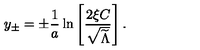
y _ { \pm } = \pm { \frac { 1 } { a } } \ln \left[ { \frac { 2 \xi C } { \sqrt { \widetilde \Lambda } } } \right] .